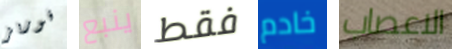
فوربز ينبع فقط خادم الاعصاب